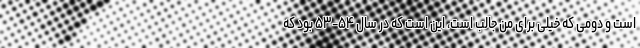
است و دومی که خیلی برای من جالب است، این است که در سال ۵۴-۵۳ بود که